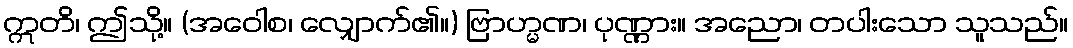
ဣတိ၊ ဤသို့။ (အဝေါစ၊ လျှောက်၏။) ဗြာဟ္မဏ၊ ပုဏ္ဏား။ အညော၊ တပါးသော သူသည်။